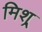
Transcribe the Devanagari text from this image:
मिश्र्